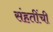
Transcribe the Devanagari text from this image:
संहतींची